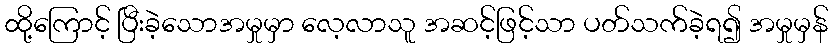
ထို့ကြောင့် ပြီးခဲ့သောအမှုမှာ လေ့လာသူ အဆင့်ဖြင့်သာ ပတ်သက်ခဲ့ရ၍ အမှုမှန်